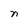
Character: n